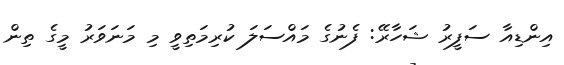
އިންޑިއާ ސަފީރު ޝަހާރޭ: ފެނުގެ މައްސަލަ ކުރިމަތިވީ މި މަނަވަރު މީގެ ތިން